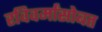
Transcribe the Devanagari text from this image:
रविवर्मांसोबत